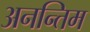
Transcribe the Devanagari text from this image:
अनन्तिम